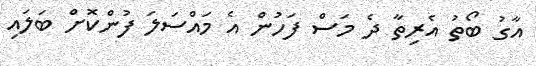
އާގު ބޯތު އެެރިތާ ދެ މަސް ފަހުން އެ މައްސަލަ ފުންކޮށް ބަލައި